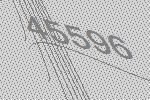
45596